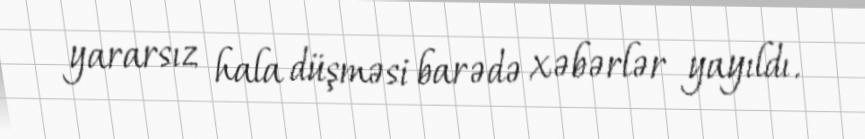
yararsız hala düşməsi barədə xəbərlər yayıldı.